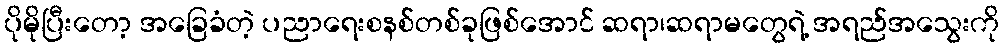
ပိုမိုပြီးတော့ အခြေခံတဲ့ ပညာရေးစနစ်တစ်ခုဖြစ်အောင် ဆရာ၊ဆရာမတွေရဲ့ အရည်အသွေးကို